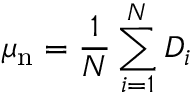
\mu _ { \mathrm { n } } = \frac { 1 } { N } \sum _ { i = 1 } ^ { N } D _ { i }